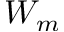
W _ { m }